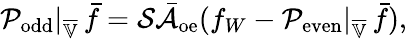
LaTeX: \mathcal{P}_{\mathrm{odd}}|_{\overline{{\mathbb{V}}}}\, \bar{f}=\mathcal{S}\bar{\mathcal{A}}_{\mathrm{oe}}(f_{W}-\mathcal{P}_{\mathrm{even}}|_{\overline{{\mathbb{V}}}}\, \bar{f}),